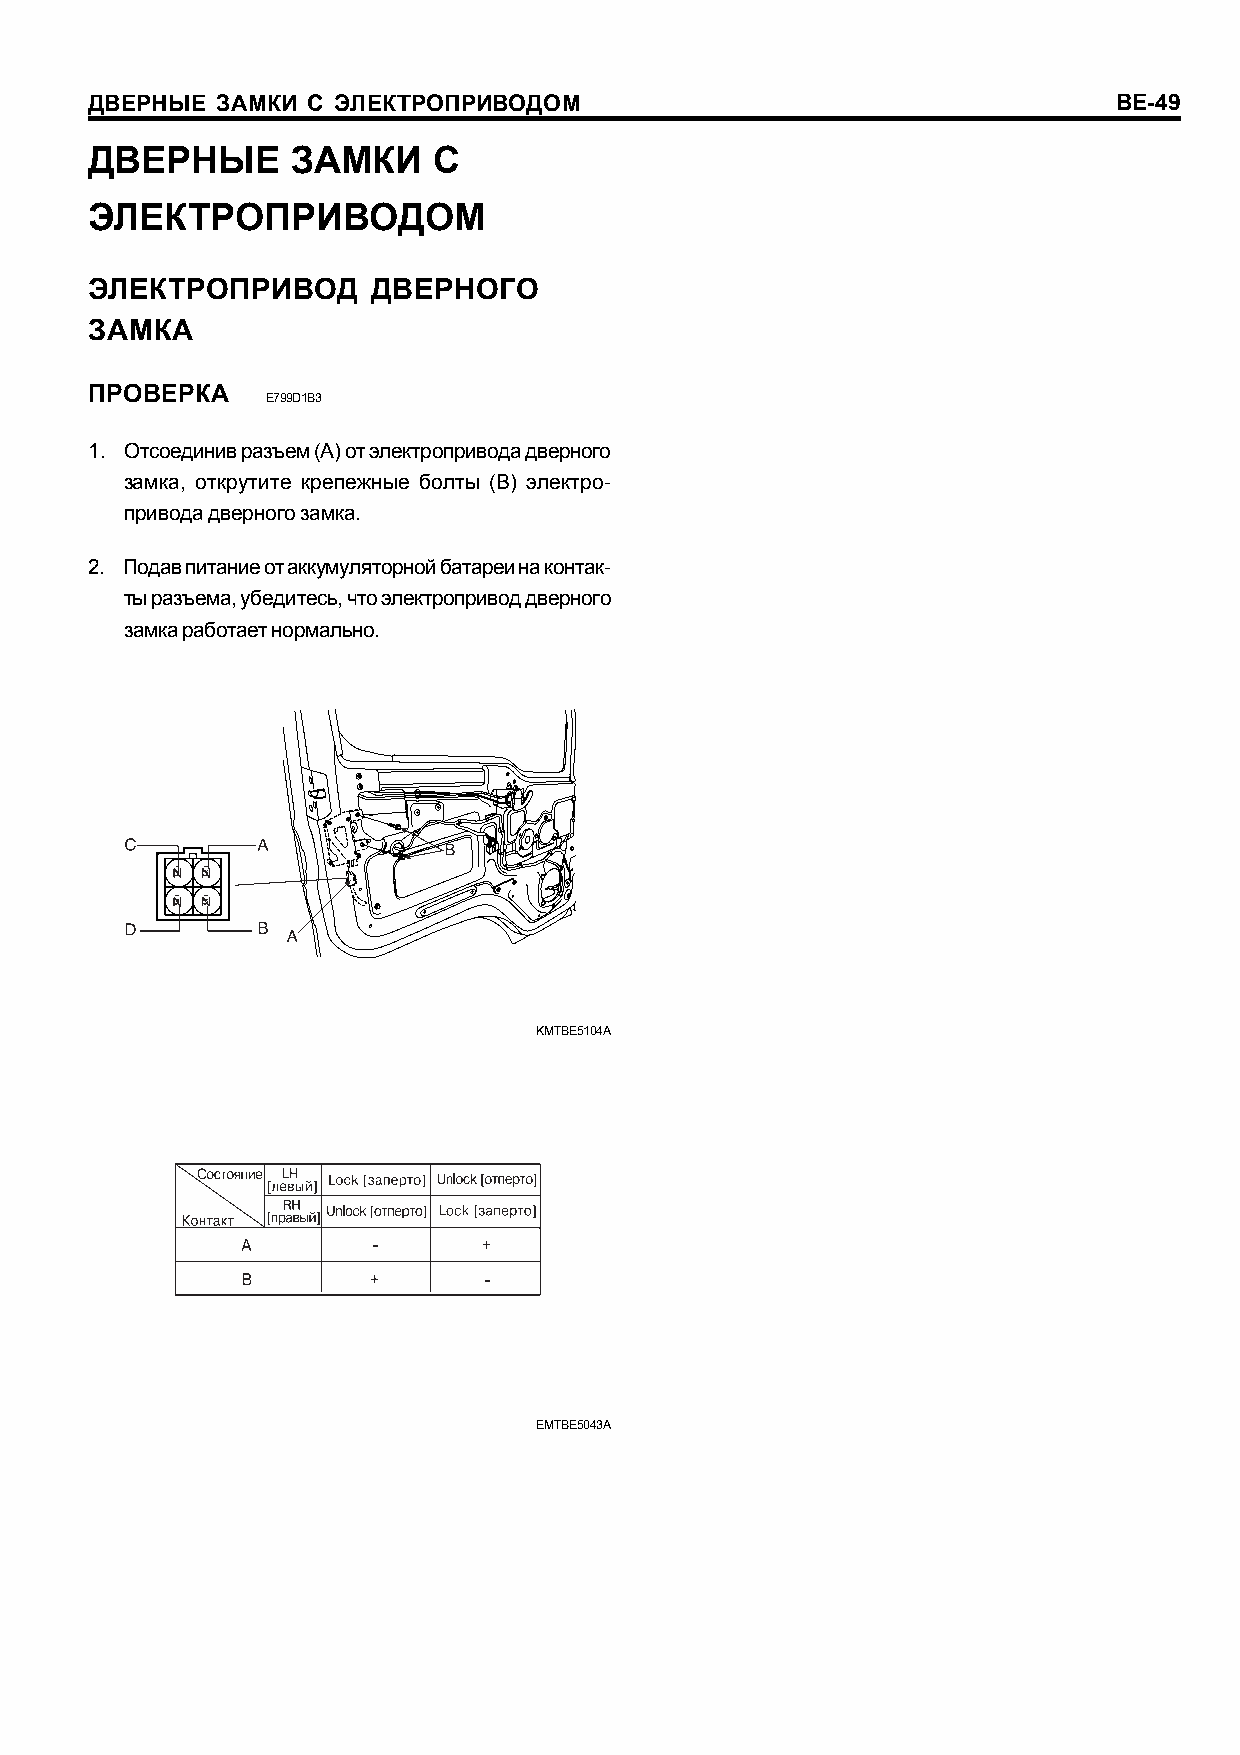
ÄÂÅÐÍÛÅ ÇÀÌÊÈ Ñ ÝËÅÊÒÐÎÏÐÈÂÎÄÎÌ                                     BE-49
 ÄÂÅÐÍÛÅ      ÇÀÌÊÈ     Ñ
 ÝËÅÊÒÐÎÏÐÈÂÎÄÎÌ
 ÝËÅÊÒÐÎÏÐÈÂÎÄ      ÄÂÅÐÍÎÃÎ
 ÇÀÌÊÀ
 ÏÐÎÂÅÐÊÀ
 E799D1B3
 1. Îòñîåäèíèâ ðàçúåì (A) îò ýëåêòðîïðèâîäà äâåðíîãî
 çàìêà, îòêðóòèòå êðåïåæíûå áîëòû (B) ýëåêòðî-
 ïðèâîäà äâåðíîãî çàìêà.
 2. Ïîäàâ ïèòàíèå îò àêêóìóëÿòîðíîé áàòàðåè íà êîíòàê-
 òû ðàçúåìà, óáåäèòåñü, ÷òî ýëåêòðîïðèâîä äâåðíîãî
 çàìêà ðàáîòàåò íîðìàëüíî.
 KMTBE5104A
 EMTBE5043A